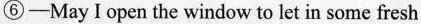
⑥—May Iopen the window to let in some fresh